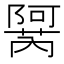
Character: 𬯜